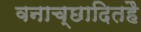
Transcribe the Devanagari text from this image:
वनाच्‍छादितहै